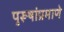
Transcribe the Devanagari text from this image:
पुरूषांप्रमाणे